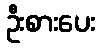
ဦးစားပေး